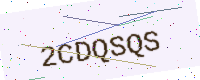
Text: 2CDQSQS